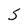
Character: S